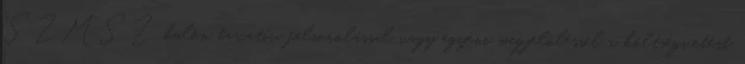
SZMSZ külön taxatív felsorolással vagy egyéni megjelöléssel a költségvetést